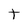
Character: t